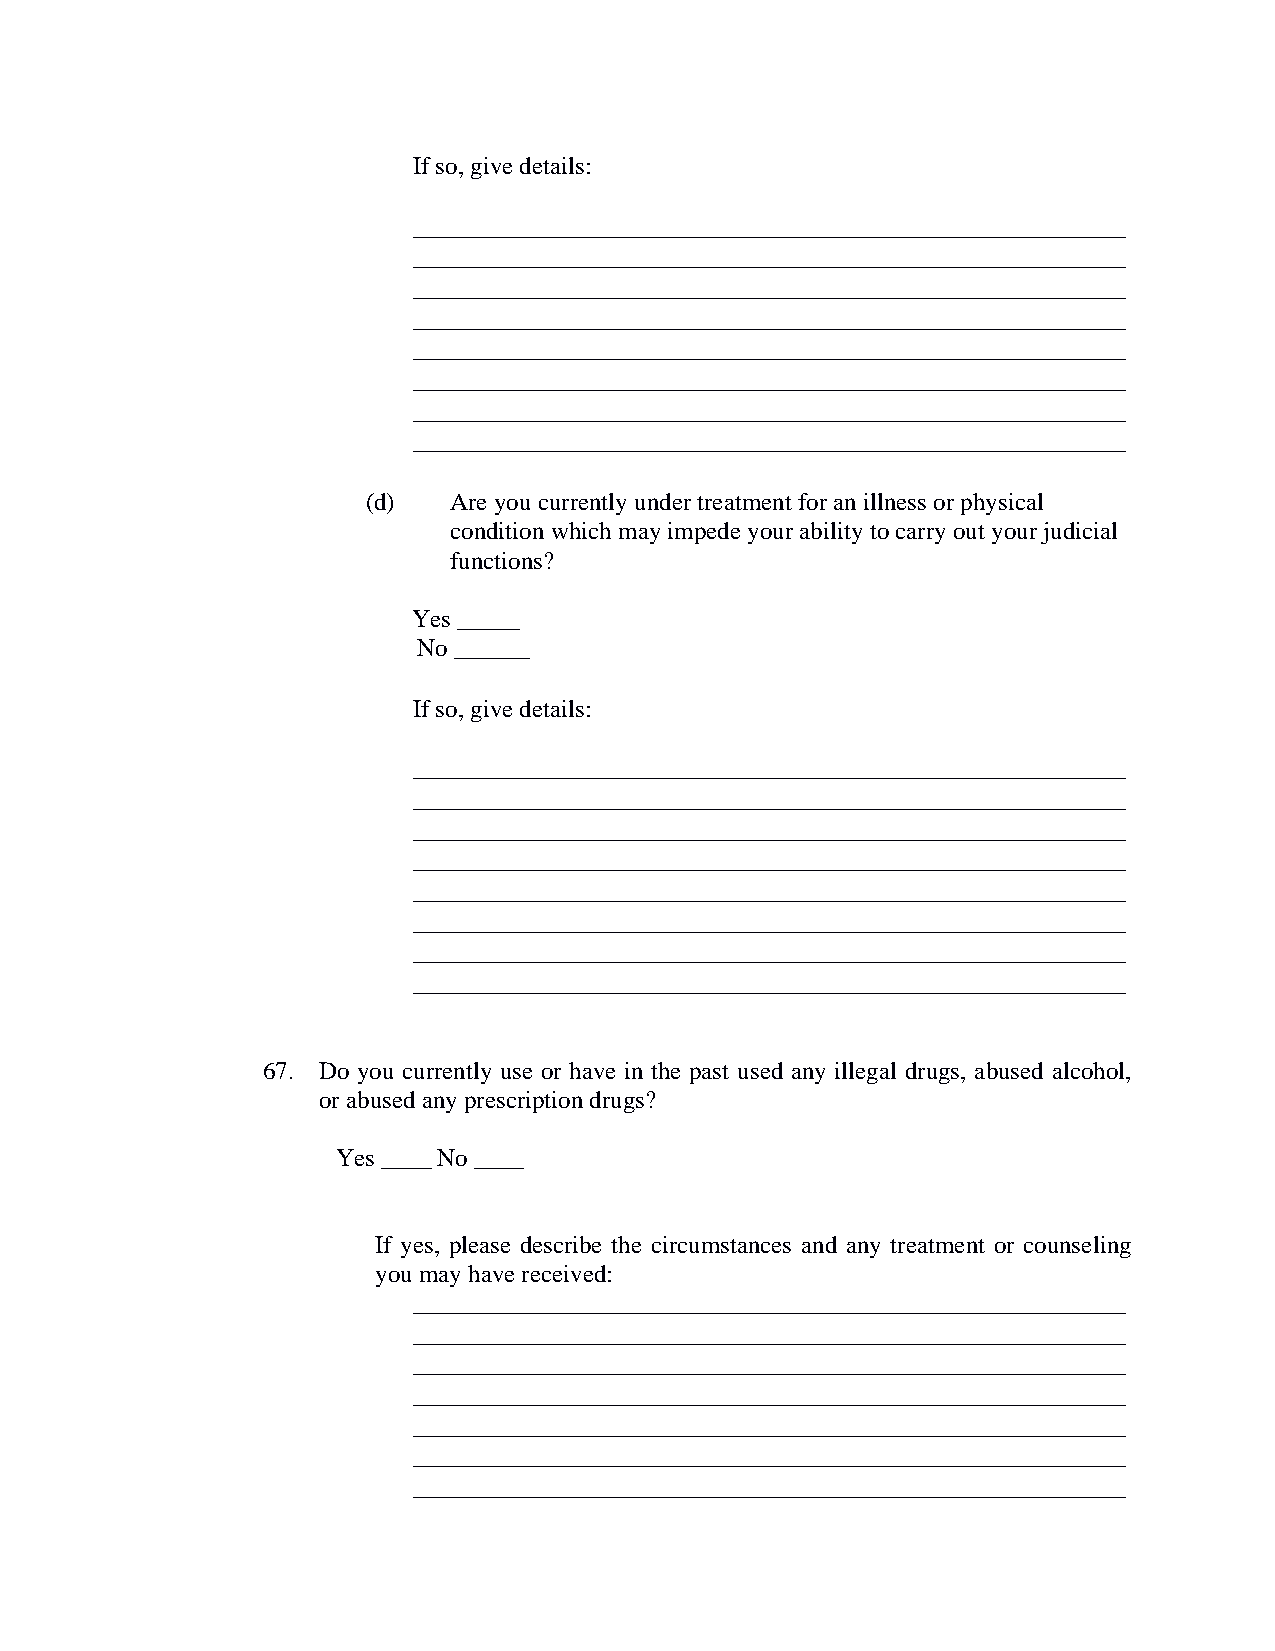
If so, give details:
 _________________________________________________________
 _________________________________________________________
 _________________________________________________________
 _________________________________________________________
 _________________________________________________________
 _________________________________________________________
 _________________________________________________________
 _________________________________________________________
 (d)   Are you currently under treatment for an illness or physical
 condition which may impede your ability to carry out your judicial
 functions?
 Yes _____
 No ______
 If so, give details:
 _________________________________________________________
 _________________________________________________________
 _________________________________________________________
 _________________________________________________________
 _________________________________________________________
 _________________________________________________________
 _________________________________________________________
 _________________________________________________________
 67. Do you currently use or have in the past used any illegal drugs, abused alcohol,
 or abused any prescription drugs?
 Yes ____ No ____
 If yes, please describe the circumstances and any treatment or counseling
 you may have received:
 _________________________________________________________
 _________________________________________________________
 _________________________________________________________
 _________________________________________________________
 _________________________________________________________
 _________________________________________________________
 _________________________________________________________